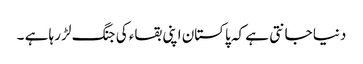
دنیا جانتی ہے کہ پاکستان اپنی بقاء کی جنگ لڑ رہا ہے ۔